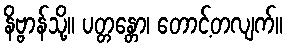
နိဗ္ဗာန်သို့။ ပတ္တန္တော၊ တောင့်တလျက်။